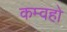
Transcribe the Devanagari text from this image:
कम्वहो